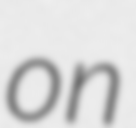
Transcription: on